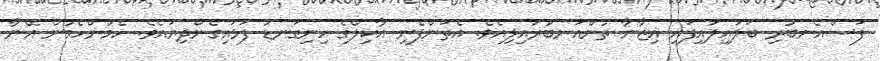
ފަސްއެނބުރި ބަލައިލައިފައި އިޒާނާ ތުންއަނބުރައިލިއެވެ. އެތަންފެނި އާކިލްގެ ހިނިގަނޑު ފަޅައިގެންދިޔައެވެ. ހެމުންހެމުން އޭނާ